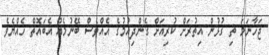
ޖަހާނަމަ ތި ގުޅުން އިތުރަށް ކުރިއަށް ގެންދިއުމުގެ އެއްވެސް ބޭނުމެއް އެބައޮތް ހެއްޔެވެ